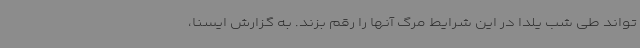
‌تواند طی شب یلدا در این شرایط مرگ آنها را رقم بزند. به گزارش ایسنا،